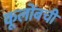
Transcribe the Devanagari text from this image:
कूलोंबची